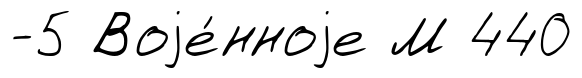
-5 Воjе́нноjе М 440